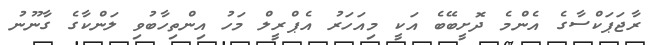
ރާޖަޕަކްސާގެ އެންމެ ދޮށީބޭބެ އަކީ މިއަހަރު އެޕްރީލް މަހު އިންތިހާބުވި ލަންކާގެ ގާނޫނު